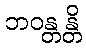
ဘဝန္တန္တိ